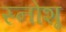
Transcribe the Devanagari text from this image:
स्नोशू